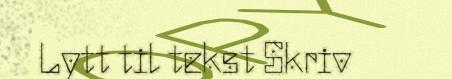
Lytt til tekst Skriv